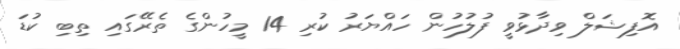
އޮފިޝަލް ވިދާޅުވީ ފުލުހުން ހައްޔަރު ކުރި 14 މީހުންގެ ތެރޭގައި ތިބި ކުޑަ